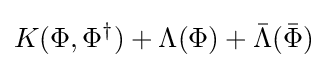
K(\Phi ,\Phi ^{\dagger })+\Lambda (\Phi )+{\bar {\Lambda }}({\bar {\Phi }})